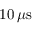
1 0 \, \mu \mathrm { s }